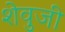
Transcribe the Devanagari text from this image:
शेवुजी